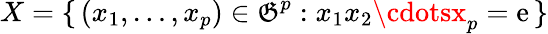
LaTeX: X=\{ \, (x_{1},\ldots,x_{p})\in\mathfrak{G}^{p}:x_{1}x_{2}\cdotsx_{p}=\mathrm{e}\, \}